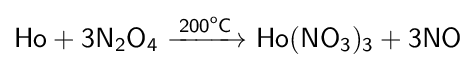
{\mathsf {Ho+3N_{2}O_{4}\ {\xrightarrow {200^{o}C}}\ Ho(NO_{3})_{3}+3NO}}